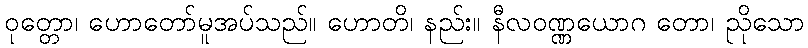
ဝုတ္တော၊ ဟောတော်မူအပ်သည်။ ဟောတိ၊ နည်း။ နီလဝဏ္ဏယောဂ တော၊ ညိုသော